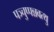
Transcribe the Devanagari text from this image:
पञ्चुप्पन्नवत्थु